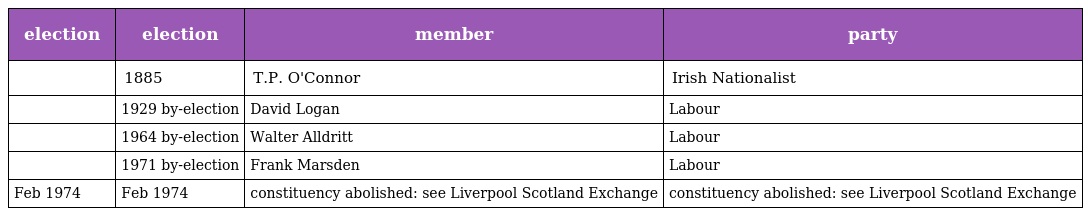
| election | election | member | party |
 | --- | --- | --- | --- |
 |  | 1885 | T.P. O'Connor | Irish Nationalist |
 |  | 1929 by-election | David Logan | Labour |
 |  | 1964 by-election | Walter Alldritt | Labour |
 |  | 1971 by-election | Frank Marsden | Labour |
 | Feb 1974 | Feb 1974 | constituency abolished: see Liverpool Scotland Exchange | constituency abolished: see Liverpool Scotland Exchange |